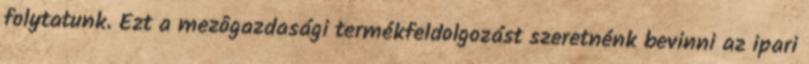
folytatunk. Ezt a mezôgazdasági termékfeldolgozást szeretnénk bevinni az ipari